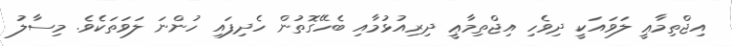
އިޖްތިމާޢީ ލަވައަކީ ދިވެހި އިޖްތިމާޢީ ދިރިއުޅުމާއި ބެހޭގޮތުން ހެދިފައި ހުންނަ ލަވަތަކެވެ. މިސާލު